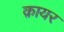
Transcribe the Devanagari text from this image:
क़ायर